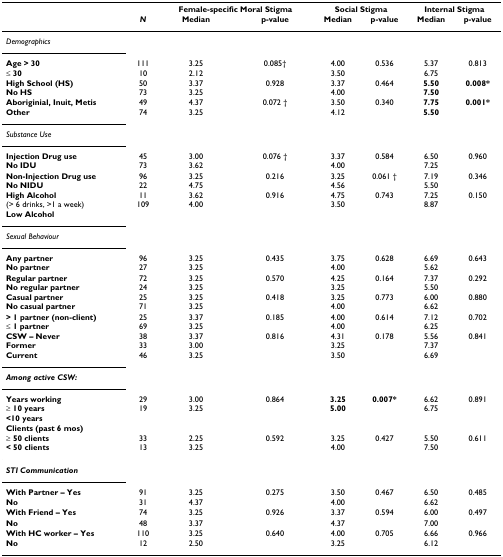
<table><thead><tr><td></td><td></td><td colspan="2"><b>Female-specific Moral Stigma</b></td><td colspan="2"><b>Social Stigma</b></td><td colspan="2"><b>Internal Stigma</b></td></tr><tr><td></td><td><b><i>N</i></b></td><td><b>Median</b></td><td><b>p-value</b></td><td><b>Median</b></td><td><b>p-value</b></td><td><b>Median</b></td><td><b>p-value</b></td></tr></thead><tbody><tr><td><i>Demographics</i></td><td></td><td></td><td></td><td></td><td></td><td></td><td></td></tr><tr><td><b>Age &gt; 30</b><b>≤ 30</b></td><td>11110</td><td>3.252.12</td><td>0.085†</td><td>4.003.50</td><td>0.536</td><td>5.376.75</td><td>0.813</td></tr><tr><td><b>High School (HS)</b><b>No HS</b></td><td>5073</td><td>3.373.25</td><td>0.928</td><td>3.374.00</td><td>0.464</td><td><b>5.50</b><b>7.50</b></td><td><b>0.008*</b></td></tr><tr><td><b>Aboriginial, Inuit, Metis</b><b>Other</b></td><td>4974</td><td>4.373.25</td><td>0.072 †</td><td>3.504.12</td><td>0.340</td><td><b>7.75</b><b>5.50</b></td><td><b>0.001*</b></td></tr><tr><td><i>Substance Use</i></td><td></td><td></td><td></td><td></td><td></td><td></td><td></td></tr><tr><td><b>Injection Drug use</b><b>No IDU</b></td><td>4573</td><td>3.003.62</td><td>0.076 †</td><td>3.374.00</td><td>0.584</td><td>6.507.25</td><td>0.960</td></tr><tr><td><b>Non-Injection Drug use</b><b>No NIDU</b></td><td>9622</td><td>3.254.75</td><td>0.216</td><td>3.254.56</td><td>0.061 †</td><td>7.195.50</td><td>0.346</td></tr><tr><td><b>High Alcohol</b>(&gt; 6 drinks, &gt;1 a week)<b>Low Alcohol</b></td><td>11109</td><td>3.624.00</td><td>0.916</td><td>4.753.50</td><td>0.743</td><td>7.258.87</td><td>0.150</td></tr><tr><td><i>Sexual Behaviour</i></td><td></td><td></td><td></td><td></td><td></td><td></td><td></td></tr><tr><td><b>Any partner</b><b>No partner</b></td><td>9627</td><td>3.253.25</td><td>0.435</td><td>3.754.00</td><td>0.628</td><td>6.695.62</td><td>0.643</td></tr><tr><td><b>Regular partner</b><b>No regular partner</b></td><td>7224</td><td>3.253.25</td><td>0.570</td><td>4.253.25</td><td>0.164</td><td>7.375.50</td><td>0.292</td></tr><tr><td><b>Casual partner</b><b>No casual partner</b></td><td>2571</td><td>3.253.25</td><td>0.418</td><td>3.254.00</td><td>0.773</td><td>6.006.62</td><td>0.880</td></tr><tr><td><b>&gt; 1 partner (non-client)</b><b>≤ 1 partner</b></td><td>2569</td><td>3.373.25</td><td>0.185</td><td>4.004.00</td><td>0.614</td><td>7.126.25</td><td>0.702</td></tr><tr><td><b>CSW – Never</b><b>Former</b><b>Current</b></td><td>383346</td><td>3.373.003.25</td><td>0.816</td><td>4.313.253.50</td><td>0.178</td><td>5.567.376.69</td><td>0.841</td></tr><tr><td><b><i>Among active CSW:</i></b></td><td></td><td></td><td></td><td></td><td></td><td></td><td></td></tr><tr><td><b>Years working</b><b>≥ 10 years</b><b>&lt;10 years</b></td><td>2919</td><td>3.003.25</td><td>0.864</td><td><b>3.25</b><b>5.00</b></td><td><b>0.007*</b></td><td>6.626.75</td><td>0.891</td></tr><tr><td><b>Clients (past 6 mos)</b></td><td></td><td></td><td></td><td></td><td></td><td></td><td></td></tr><tr><td><b>≥ 50 clients</b><b>&lt; 50 clients</b></td><td>3313</td><td>2.253.25</td><td>0.592</td><td>3.254.00</td><td>0.427</td><td>5.507.50</td><td>0.611</td></tr><tr><td><b><i>STI Communication</i></b></td><td></td><td></td><td></td><td></td><td></td><td></td><td></td></tr><tr><td><b>With Partner – Yes</b></td><td>91</td><td>3.25</td><td>0.275</td><td>3.50</td><td>0.467</td><td>6.50</td><td>0.485</td></tr><tr><td><b>No</b></td><td>31</td><td>4.37</td><td></td><td>4.00</td><td></td><td>6.62</td><td></td></tr><tr><td><b>With Friend – Yes</b></td><td>74</td><td>3.25</td><td>0.926</td><td>3.37</td><td>0.594</td><td>6.00</td><td>0.497</td></tr><tr><td><b>No</b></td><td>48</td><td>3.37</td><td></td><td>4.37</td><td></td><td>7.00</td><td></td></tr><tr><td><b>With HC worker – Yes</b></td><td>110</td><td>3.25</td><td>0.640</td><td>4.00</td><td>0.705</td><td>6.66</td><td>0.966</td></tr><tr><td><b>No</b></td><td>12</td><td>2.50</td><td></td><td>3.25</td><td></td><td>6.12</td><td></td></tr></tbody></table>